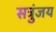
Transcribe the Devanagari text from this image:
सत्रुंजय